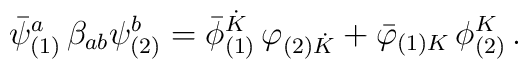
{{\bar \psi}^a_{(1)}} \, \beta_{ab} \psi^b_{(2)} ={{\bar \phi}^{\dot K}_{(1)}} \, \varphi_{(2){\dot K}}+ {{\bar \varphi}_{(1) K}} \, \phi_{(2)}^K \,.